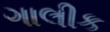
ગાલીક